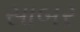
સાબર